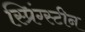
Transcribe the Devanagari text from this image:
स्प्रिंग्स्टीन